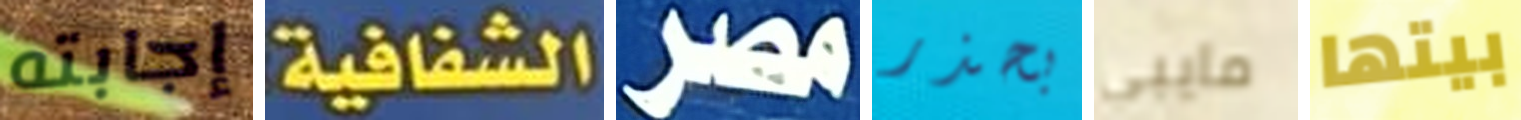
إجابته الشفافية: مصر بحذر مايبي بيتها